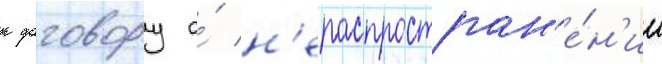
к договору о́ н'ераспростран'е́н'ии